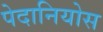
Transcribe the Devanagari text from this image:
पेदानियोस